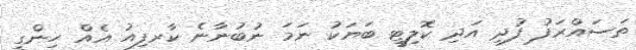
ތަސައްރަފު ފުދި އަދި ކޮލިޓީ ބަޔަކު ނަމަ ނުބުނާނެ ކާރފިއު އެއް ހިންގީ